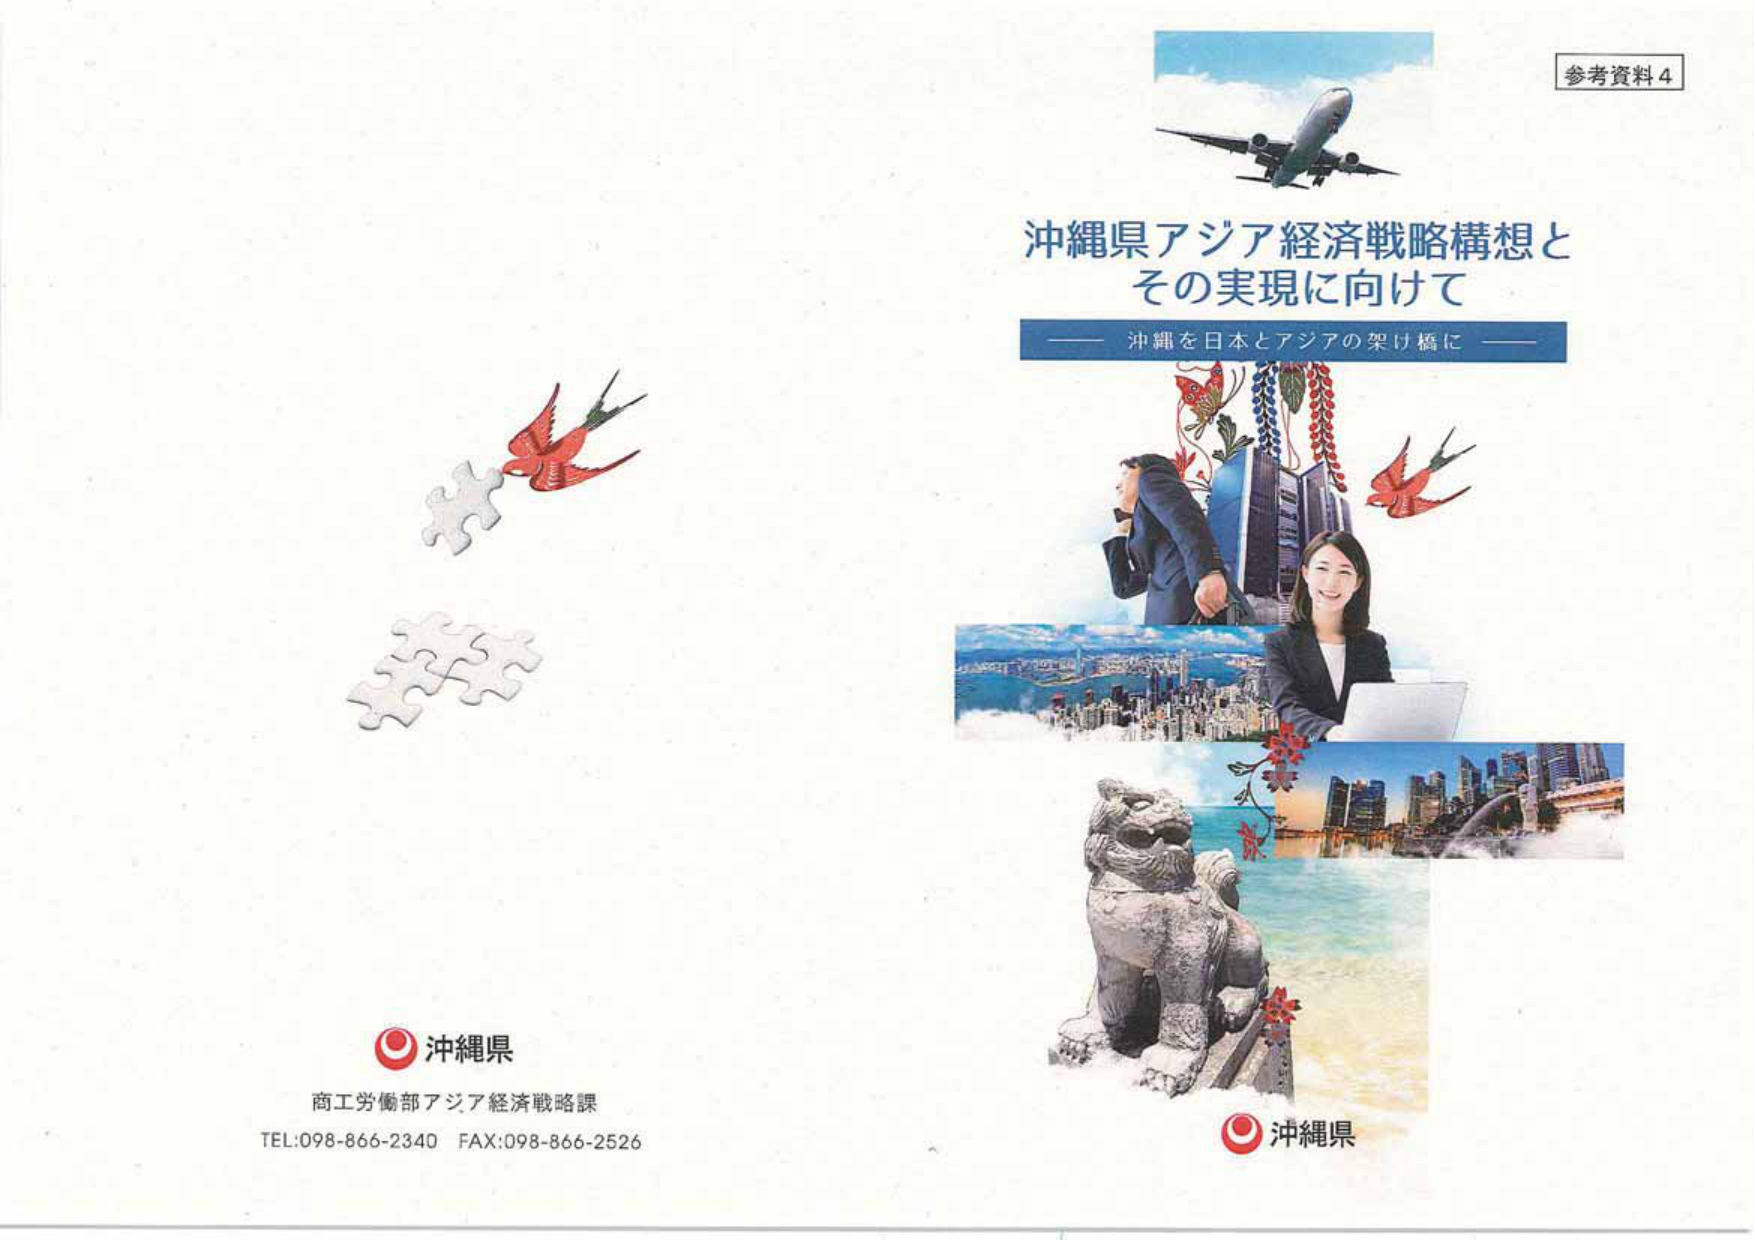
参考資料4
沖縄県アジア経済戦略構想と
その実現に向けて
—— 沖縄を日本とアジアの架け橋に ——
沖縄県
商工労働部アジア経済戦略課
TEL:098-866-2340  FAX:098-866-2526
沖縄県